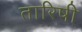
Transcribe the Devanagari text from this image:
तारिषी